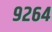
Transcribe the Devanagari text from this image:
९२६४